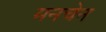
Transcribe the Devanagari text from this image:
मनचेन